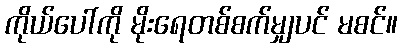
ကိုယ်ပေါ်ကို မိုးရေတစ်စက်မျှပင် မစင်။